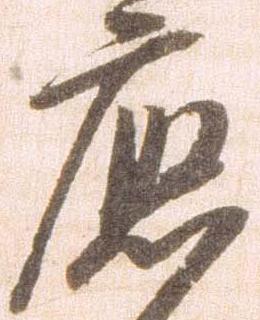
応